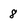
Character: 8